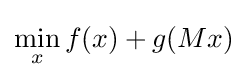
\min _{x}f(x)+g(Mx)